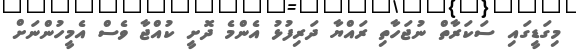
މިގަޑީގައި ސަކަރާތް ނުޖަހާތި ރައްޔާ ދަރިފުޅު އެންމެ ދޮށީ ކުއްޖާ ވެސް އެމީހުންނަށް